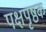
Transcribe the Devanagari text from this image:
पक्षपृष्ठक